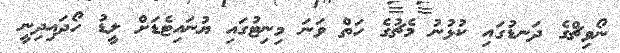
ނޯވިޗްގެ ދަނޑުގައި ކުޅުނު މެޗުގެ ހަތް ވަނަ މިނިޓުގައި ޔުނައިޓެޑަށް ލީޑު ހޯދައިދިނީ